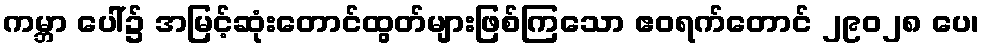
ကမ္ဘာ ပေါ်၌ အမြင့်ဆုံးတောင်ထွတ်များဖြစ်ကြသော ဧဝရက်တောင် ၂၉၀၂၈ ပေ၊